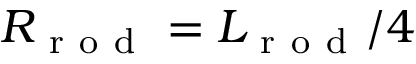
R _ { \mathrm { ~ r ~ o ~ d ~ } } = L _ { \mathrm { ~ r ~ o ~ d ~ } } / 4